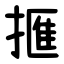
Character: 㨤